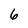
Character: 6